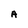
Character: A